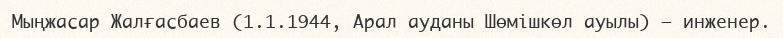
Мыңжасар Жалғасбаев (1.1.1944, Арал ауданы Шөмішкөл ауылы) – инженер.